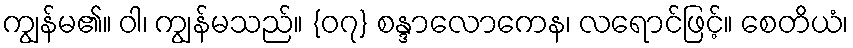
ကျွန်မ၏။ ဝါ၊ ကျွန်မသည်။ {၀၇} စန္ဒာလောကေန၊ လရောင်ဖြင့်။ စေတိယံ၊